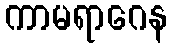
ကာမရာဂေန